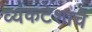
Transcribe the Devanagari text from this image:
व्यंकटेशाचे